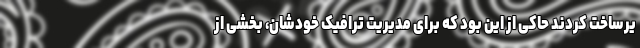
یرساخت کردند حاکی از این بود که برای مدیریت ترافیک خودشان، بخشی از